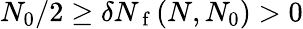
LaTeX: N_{0}/2\geq\delta N_{\mathrm{~f~}}(N,N_{0})>0